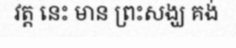
វត្ត នេះ មាន ព្រះសង្ឃ គង់